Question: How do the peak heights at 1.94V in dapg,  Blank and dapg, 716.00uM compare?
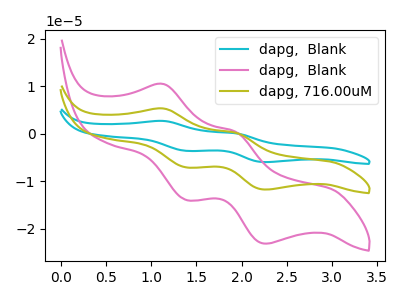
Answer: <think>The cyan curve "dapg,  Blank" has anodic peaks at (1.15V, 10.65uA) (1.95V, 0.40uA) and cathodic peaks at (1.40V, -14.15uA) (2.25V, -23.50uA). The pink curve "dapg,  Blank" has anodic peaks at (1.15V, 10.50uA) (1.95V, 0.40uA) and cathodic peaks at (1.40V, -13.95uA) (2.25V, -23.15uA). The olive curve "dapg, 716.00uM" has anodic peaks at (1.15V, 5.30uA) (1.95V, 0.20uA) and cathodic peaks at (1.40V, -7.10uA) (2.25V, -11.75uA).</think>
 <answer>The peak at 1.94V is higher in "dapg,  Blank" than in "dapg, 716.00uM".</answer>
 <eval>higher</eval>